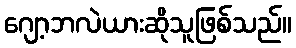
ဂျော့ဘလဲယားဆိုသူဖြစ်သည်။